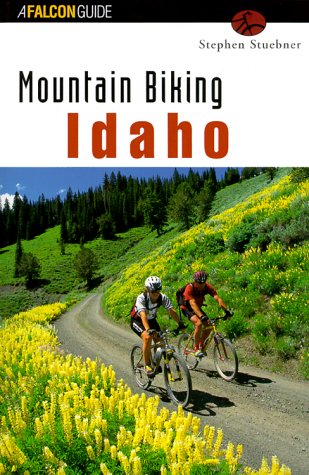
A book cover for Mountain Biking Idaho (State Mountain Biking Series); Stephen Stuebner; Travel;